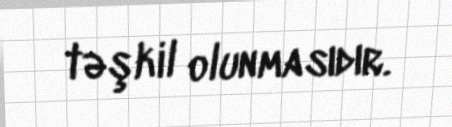
təşkil olunmasıdır.